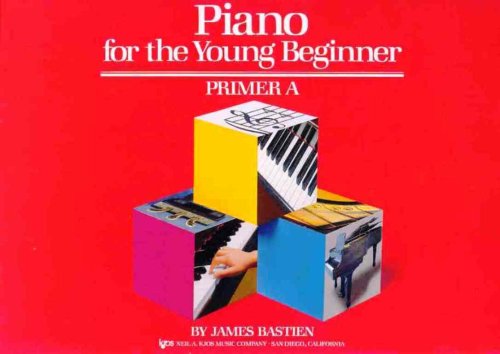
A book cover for Piano for the Young Beginner: Primer A (Bastien Piano Basics); James Bastien; Arts & Photography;